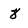
Character: 8